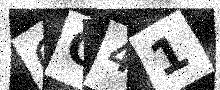
Text: CO41